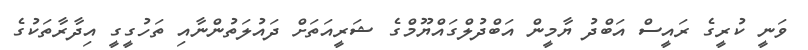
ވަނީ ކުރީގެ ރައީސް އަބްދު ޔާމީން އަބްދުލްގައްޔޫމްގެ ޝަރީއަތަށް ދައުލަތުންނާއި ތަހުގީގީ އިދާރާތަކުގެ